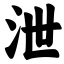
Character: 泄